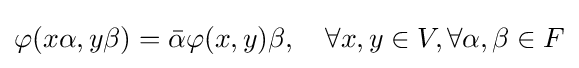
\varphi (x\alpha ,y\beta )={\bar {\alpha }}\varphi (x,y)\beta ,\quad \forall x,y\in V,\forall \alpha ,\beta \in F